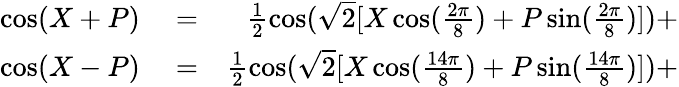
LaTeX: \begin{array}{rlr}{\cos(X+P)}&{{}=}&{\frac{1}{2}\cos(\sqrt{2}[X\cos(\frac{2\pi}{8})+P\sin(\frac{2\pi}{8})])+}\\ {\cos(X-P)}&{{}=}&{\frac{1}{2}\cos(\sqrt{2}[X\cos(\frac{14\pi}{8})+P\sin(\frac{14\pi}{8})])+}\end{array}